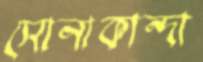
সোনাকান্দা